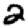
Digit: 2